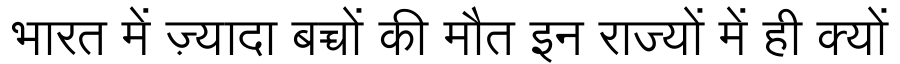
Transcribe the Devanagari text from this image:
भारत में ज़्यादा बच्चों की मौत इन राज्यों में ही क्यों